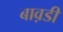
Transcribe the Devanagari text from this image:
बाव़डी